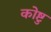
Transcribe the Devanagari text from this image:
कोष्टु